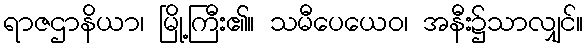
ရာဇဌာနိယာ၊ မြို့ကြီး၏။ သမီပေယေဝ၊ အနီး၌သာလျှင်။